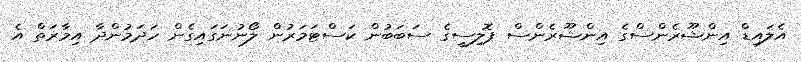
އެލައިޑް އިންޝޫރެންސްގެ އިންޝޫރެންސް ޕޮލިސީގެ ސަބަބުން ކަސްޓަމަރުން ލޯނުނަގައިގެން ހަދަމުންދާ އިމާރަތް އެ